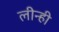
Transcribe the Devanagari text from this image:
लीन्‍ही